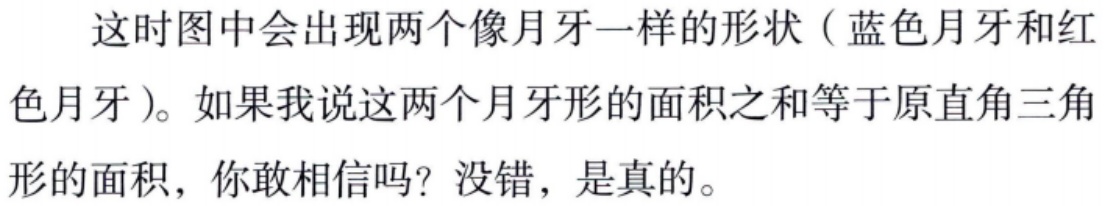
这时图中会出现两个月牙一样的形状（蓝色月牙和红色月牙）。如果我说这两个月牙形的面积之和等于原直角三角形的面积，你敢相信吗？没错，是真的。